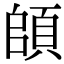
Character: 頧